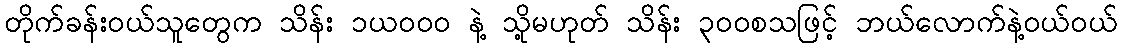
တိုက်ခန်းဝယ်သူတွေက သိန်း ၁ယဝဝဝ နဲ့ သို့မဟုတ် သိန်း ၃ဝဝစသဖြင့် ဘယ်လောက်နဲ့ဝယ်ဝယ်